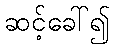
ဆင့်ခေါ်၍